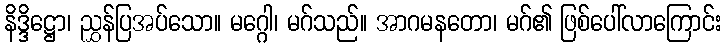
နိဒ္ဒိဋ္ဌော၊ ညွှန်ပြအပ်သော။ မဂ္ဂေါ၊ မဂ်သည်။ အာဂမနတော၊ မဂ်၏ ဖြစ်ပေါ်လာကြောင်း